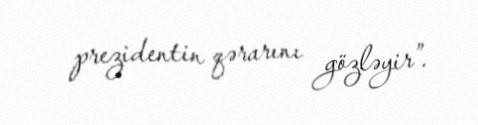
prezidentin qərarını gözləyir”.